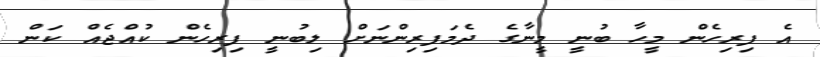
އެ ފިރިހެން މީހާ ބުނީ މީނާގެ ދެމަފިރިންނަށް ލިބުނީ ފިރިހެން ކުއްޖެއް ކަން